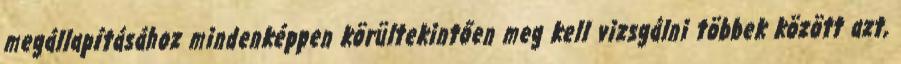
megállapításához mindenképpen körültekintően meg kell vizsgálni többek között azt,